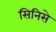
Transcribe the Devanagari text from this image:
सिनिसे